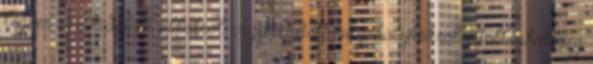
legyen szó kidobott állatról, vagy eladott kutyakölykökről. Utóbbiakat még